Report of the Hyderabad Chloroform Commission
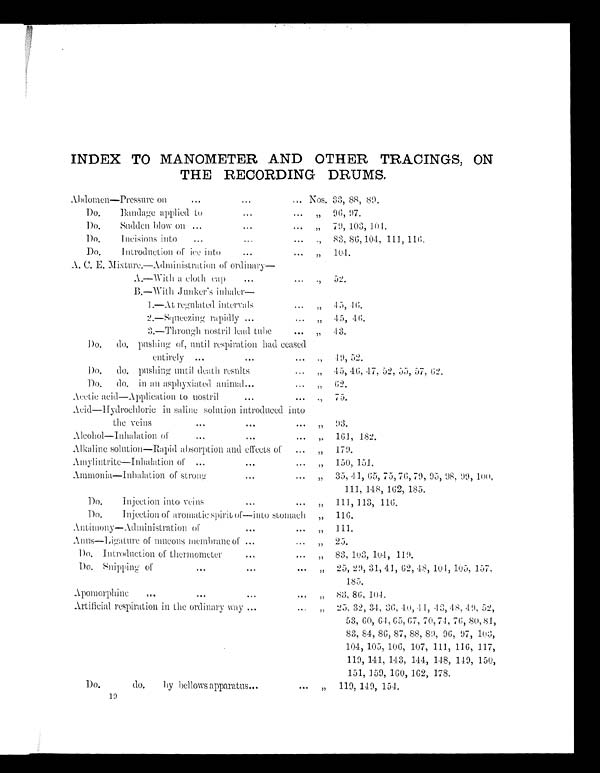
INDEX TO MANOMETER AND OTHER TRACINGS, ON
THE RECORDING DRUMS.
Abdomen—Pressure on
... Nos. 33, 88, 89.
Do.
Bandage applied to
... „ 96, 97.
Do.
Sudden blow On ...
...
... ,, 79, 103, 104.
Do. Incisions into ... ... ...
,, 83, 86,104, 111, 116.
Do.
Introduction of ice into ...
,,
104.
A. C. E. Mixture.—Administration of ordinary
A.—With a cloth cap
...
..
,, 52.
B.—With Junker's inh
aler—
1.—At regulated intervals
... „ 45, 46.
2.—Squeezing rapidly ...
... „ 45, 46.
3.—Through nostril lead tube
„ 43.
Do.
do. pushing of, until respiration had ceased
entirely ...
49, 52.
Do.
do. pushing until death results
„ 45, 46, 47, 52, 55, 57, 62.
Do.
do. in an asphyxiated animal...
,,
62.
Acetic acid—Application to nostril
,,
75.
Acid–Hydrochloric in saline solution introduced into
the veins
...
,,
93.
Alcohol—Inha1ation of
..
...
... ,, 161, 182.
Alkaline solution—Rapid absorption and effects of
... „ 179.
Amylintrite—Inhalation of
,, 150, 151.
Ammonia—Inhalation of strong
...
„ 35, 41, 65, 75, 76, 79, 95, 98, 99, 100,
111, 148, 162, 185.
Do.
Injection into veins
,,
111, 113, 116.
Do.
Injection of aromatic spirit of—into stomach „ 116.
Antimony—Administration of
,,
111.
Anus—Ligature of mucous membrane of ..
,, 25.
Do. Introduction of thermometer
. ,, 83, 103, 104, 119.
Do. Snipping of
...
... „ 25, 29, 31, 41, 62, 48, 104, 105, 157,
185.
Apomorphine
..
"
,, 83, 86, 104.
Artificial respiration in the ordinary way ...
„ 25, 32, 34, 36, 40, 41, 43, 48, 49, 52,
53, 60, 64, 65, 67, 70, 74, 76, 80, 81,
83, 84, 86, 87, 88, 89, 96, 97, 103,
104, 105, 106, 107, 111, 116, 117,
119, 141, 143, 144, 148, 149, 150,
151, 159, 160, 162, 178.
Do.
do.
by bellows apparatus
,, 119, 149, 154.
19